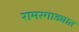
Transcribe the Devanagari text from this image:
रामरगाड्यात